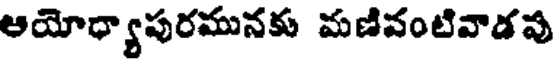
ఆయోధ్యాపురమునకు మణివంటివాడవు